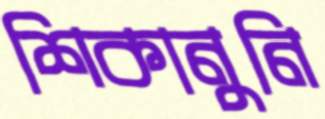
শিকানুনি